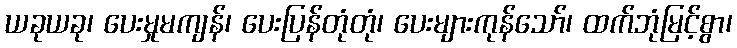
ယခုယခု၊ ပေးမှုမကျန်၊ ပေးပြန်တုံတုံ၊ ပေးများကုန်သော်၊ ထက်ဘုံမြင့်စွာ၊